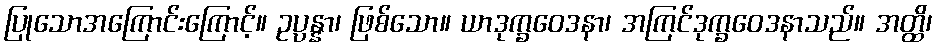
ပြုသောအကြောင်းကြောင့်။ ဥပ္ပန္နာ၊ ဖြစ်သော။ ယာဒုက္ခဝေဒနာ၊ အကြင်ဒုက္ခဝေဒနာသည်။ အတ္ထိ၊